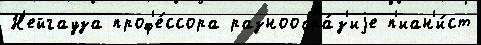
Н'ейгауза проф'е́ссора разнообра́з'иjе п'иан'и́ст